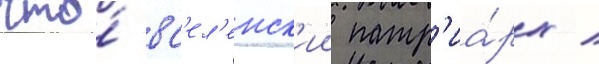
что́ вс'ел'енск'ии патр'иа́рх /